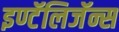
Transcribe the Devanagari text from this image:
इण्टॅलिजॅन्स